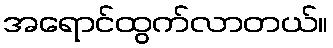
အရောင်ထွက်လာတယ်။